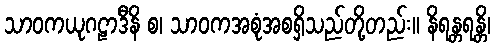
သာဝကယုဂဠာဒီနိ စ၊ သာဝကအစုံအစရှိသည်တို့တည်း။ နိရန္တရန္တိ၊